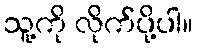
သူ့ကို လိုက်ပို့ပါ။